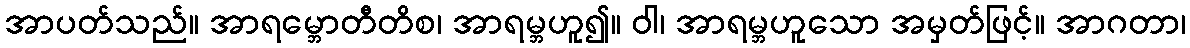
အာပတ်သည်။ အာရမ္ဘောတီတိစ၊ အာရမ္ဘဟူ၍။ ဝါ၊ အာရမ္ဘဟူသော အမှတ်ဖြင့်။ အာဂတာ၊